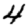
Digit: 4